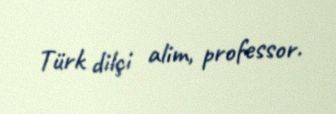
Türk dilçi alim, professor.